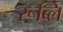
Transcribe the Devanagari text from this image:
रूब्लि